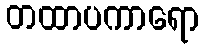
တထာပကာရော